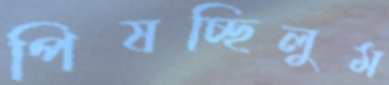
পিষচ্ছিলুম